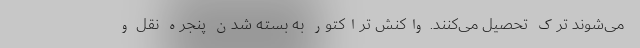
می‌شوند ترک تحصیل می‌کنند. واکنش تراکتور به بسته شدن پنجره نقل و